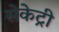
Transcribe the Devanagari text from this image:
सेकेट्री